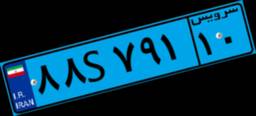
۸۸S۷۹۱۱۰